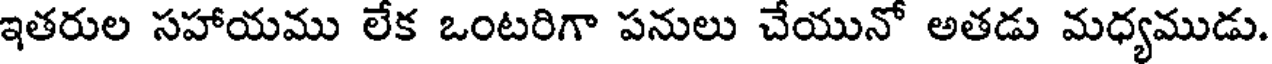
ఇతరుల సహాయము లేక ఒంటరిగా పనులు చేయునో అతడు మధ్యముడు.